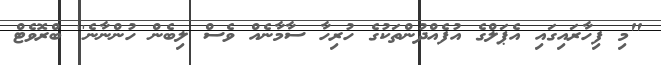
"މި ފިހާރައިގައި އެޕަލްގެ އުފެއްދުންތަކުގެ ހުރިހާ ސާމާނެއް ވެސް ލިބެން ހުންނާނެ'' ބްރޮވެޓް